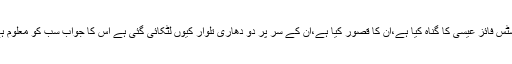
جسٹس فائز عیسی کا گناہ کیا ہے،ان کا قصور کیا ہے،ان کے سر پر دو دھاری تلوار کیوں لٹکائی گئی ہے اس کا جواب سب کو معلوم ہے۔